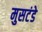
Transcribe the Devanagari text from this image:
मुसटंडे